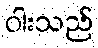
ဝါးသည်